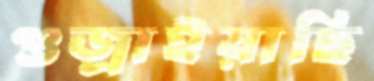
গুজ্‌রাইয়াছি